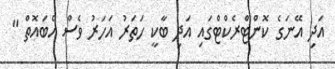
އަދި އޭނަގެ ކޮންޓްރެކްޓްގައި އަދި ބާކީ ހަތަރު އަހަރު ވެސް އެބައޮތް "